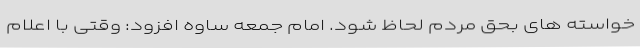
خواسته های بحق مردم لحاظ شود. امام جمعه ساوه افزود: وقتی با اعلام